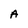
Character: A